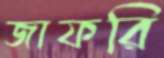
জাফরি